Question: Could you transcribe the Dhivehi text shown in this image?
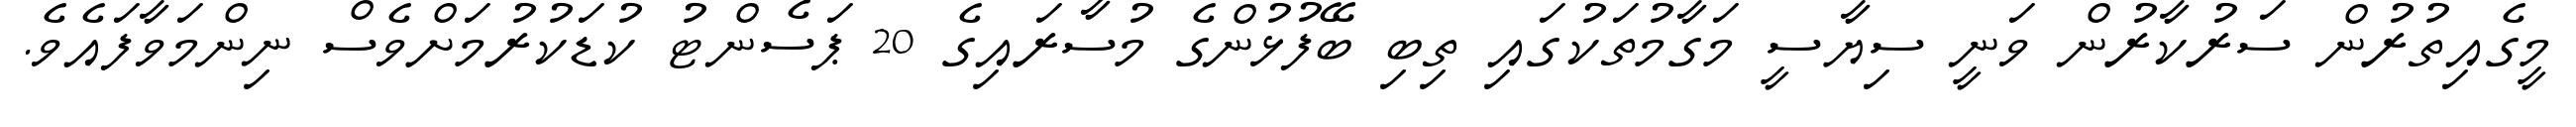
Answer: މީގެއިތުރުން ސަރުކާރުން ވަނީ ސިޔާސީ މަގާމުތަކުގައި ތިބި ބޭފުޅުންގެ މުސާރައިގެ 20 ޕަސެންޓު ކުޑަކުރުމަށްވެސް ނިންމަވާފައެވެ.